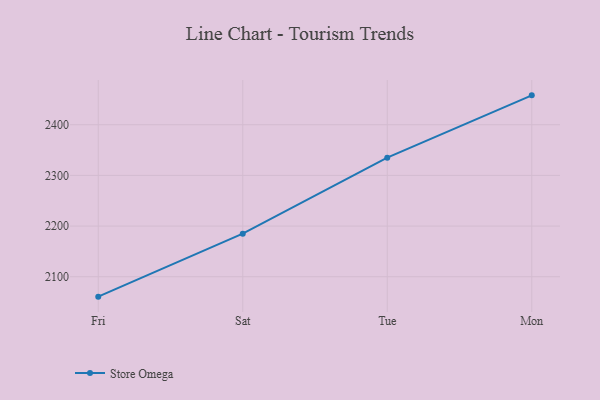
{"axis": {"x": "Day", "y": "Production Output"}, "legend": ["Store Omega"], "data": [{"x": "Fri", "y": 2060.7, "type": "Store Omega"}, {"x": "Sat", "y": 2184.9, "type": "Store Omega"}, {"x": "Tue", "y": 2335.0, "type": "Store Omega"}, {"x": "Mon", "y": 2458.0, "type": "Store Omega"}]}